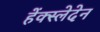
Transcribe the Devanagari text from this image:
हेंक्स्लेदेन